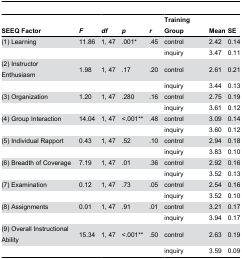
<table><thead><tr><td><b>SEEQ Factor</b></td><td><b><i>F</i></b></td><td><b><i>df</i></b></td><td><b><i>p</i></b></td><td><b><i>r</i></b></td><td><b>Training Group</b></td><td><b>Mean</b></td><td><b>SE</b></td></tr></thead><tbody><tr><td>(1) Learning </td><td>11.86</td><td>1, 47</td><td>.001*</td><td>.45</td><td>control</td><td>2.42</td><td>0.14</td></tr><tr><td></td><td></td><td></td><td></td><td></td><td>inquiry</td><td>3.47</td><td>0.11</td></tr><tr><td>(2) Instructor Enthusiasm </td><td>1.98</td><td>1, 47</td><td>.17</td><td>.20</td><td>control</td><td>2.61</td><td>0.21</td></tr><tr><td></td><td></td><td></td><td></td><td></td><td>inquiry</td><td>3.44</td><td>0.13</td></tr><tr><td>(3) Organization </td><td>1.20</td><td>1, 47</td><td>.280</td><td>.16</td><td>control</td><td>2.75</td><td>0.19</td></tr><tr><td></td><td></td><td></td><td></td><td></td><td>inquiry</td><td>3.61</td><td>0.12</td></tr><tr><td>(4) Group Interaction</td><td>14.04</td><td>1, 47</td><td>&lt;.001**</td><td>.48</td><td>control</td><td>3.09</td><td>0.14</td></tr><tr><td></td><td></td><td></td><td></td><td></td><td>inquiry</td><td>3.60</td><td>0.12</td></tr><tr><td>(5) Individual Rapport </td><td>0.43</td><td>1, 47</td><td>.52</td><td>.10</td><td>control</td><td>2.94</td><td>0.18</td></tr><tr><td></td><td></td><td></td><td></td><td></td><td>inquiry</td><td>3.83</td><td>0.10</td></tr><tr><td>(6) Breadth of Coverage </td><td>7.19</td><td>1, 47</td><td>.01</td><td>.36</td><td>control</td><td>2.92</td><td>0.16</td></tr><tr><td></td><td></td><td></td><td></td><td></td><td>inquiry</td><td>3.52</td><td>0.13</td></tr><tr><td>(7) Examination </td><td>0.12</td><td>1, 47</td><td>.73</td><td>.05</td><td>control</td><td>2.54</td><td>0.16</td></tr><tr><td></td><td></td><td></td><td></td><td></td><td>inquiry</td><td>3.52</td><td>0.10</td></tr><tr><td>(8) Assignments </td><td>0.01</td><td>1, 47</td><td>.91</td><td>.01</td><td>control</td><td>3.21</td><td>0.17</td></tr><tr><td></td><td></td><td></td><td></td><td></td><td>inquiry</td><td>3.94</td><td>0.17</td></tr><tr><td>(9) Overall Instructional Ability</td><td>15.34</td><td>1, 47</td><td>&lt;.001**</td><td>.50</td><td>control</td><td>2.63</td><td>0.19</td></tr><tr><td></td><td></td><td></td><td></td><td></td><td>inquiry</td><td>3.59</td><td>0.09</td></tr></tbody></table>